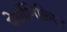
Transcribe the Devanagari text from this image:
पेर्सोनिफ़िएद